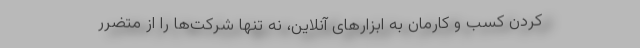
کردن کسب و کارمان به ابزارهای آنلاین، نه تنها شرکت‌ها را از متضرر